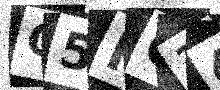
Text: O5FQ34